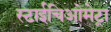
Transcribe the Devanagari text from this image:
स्टाईचिओमेट्रा